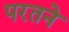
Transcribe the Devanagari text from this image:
परतने